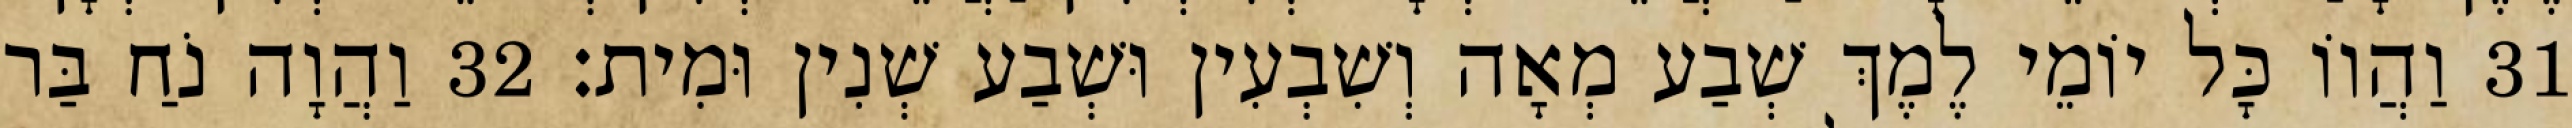
31 וַהֲווֹ כָּל יוֹמֵי לֶמֶךְ שְׁבַע מְאָה וְשִׁבְעִין וּשְׁבַע שְׁנִין וּמִית׃ 32 וַהֲוָה נֹחַ בַּר